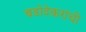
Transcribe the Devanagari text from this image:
बडोदेकरांची